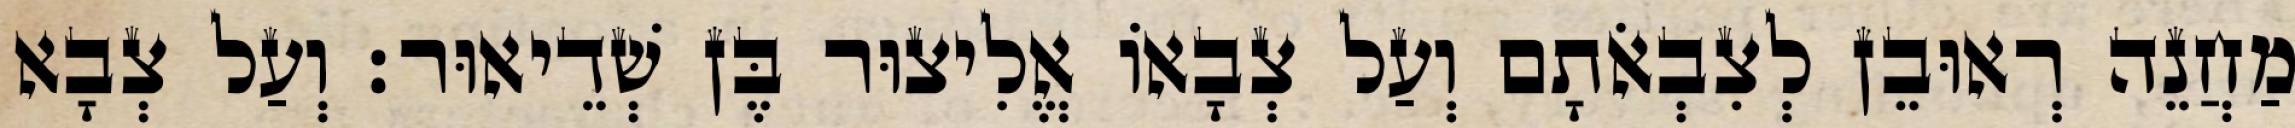
מַחֲנֵה רְאוּבֵן לְצִבְאֹתָם וְעַל צְבָאוֹ אֱלִיצוּר בֶּן שְׁדֵיאוּר׃ וְעַל צְבָא